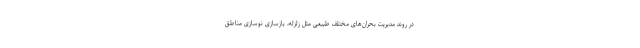
در روند مدیریت بحران‌های مختلف طبیعی مثل زلزله، بازسازی نوسازی مناطق